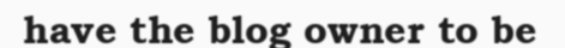
have the blog owner to be